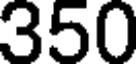
350